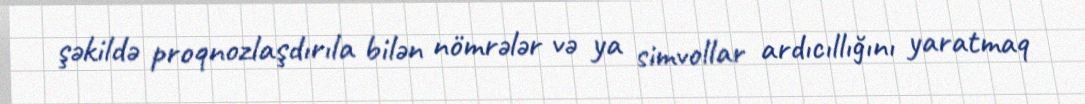
şəkildə proqnozlaşdırıla bilən nömrələr və ya simvollar ardıcıllığını yaratmaq